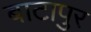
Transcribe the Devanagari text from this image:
बाटापुर